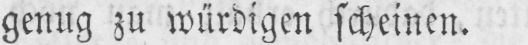
genug zu würdigen scheinen.